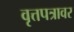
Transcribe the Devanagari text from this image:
वृत्तपत्रावर